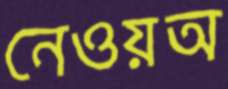
নেওয়অ